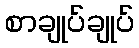
စာချုပ်ချုပ်